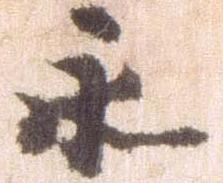
永